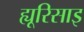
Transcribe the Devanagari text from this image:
ह्यूरिसाइ